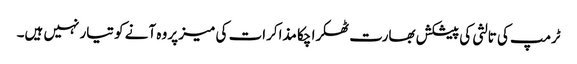
ٹرمپ کی تالثی کی پیشکش بھارت ٹھکرا چکا مذاکرات کی میز پر وہ آنے کو تیار نہیں ہیں۔